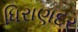
ધિરાણદર